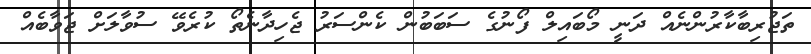
ތަޖުރިބާކާރުންނެއް ދަނީ މޯބައިލް ފޯނުގެ ސަބަބުން ކެންސަރު ޖެހިދާނެތޯ ކުރެވޭ ސުވާލަަށް ޖަވާބެއް